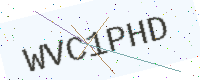
Text: WVC1PHD